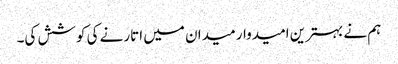
ہم نے بہترین امیدوار میدان میں اتارنے کی کوشش کی۔